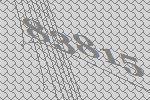
83815